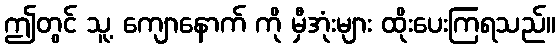
ဤတွင် သူ့ ကျောနောက် ကို မှီအုံးများ ထိုးပေးကြရသည်။